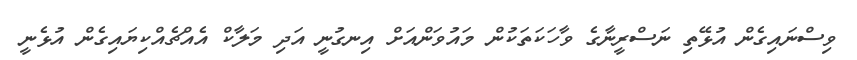
ވިސްނައިގެން އުޅޭތި ނަސްރީނާގެ ވާހަކަތަކުން މައުވަންއަށް އިނގުނީ އަދި މަލާކް އެއްޗެއްކިޔައިގެން އުޅެނީ